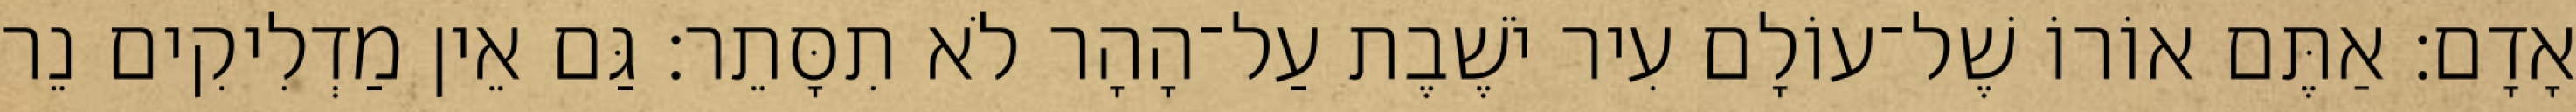
אָדָם׃ אַתֶּם אוֹרוֹ שֶׁל־עוֹלָם עִיר יֹשֶׁבֶת עַל־הָהָר לֹא תִסָּתֵר׃ גַּם אֵין מַדְלִיקִים נֵר